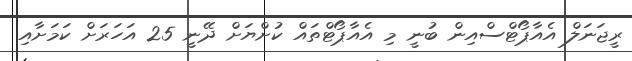
ރީޖަނަލް އެއާޕޯޓްސްއިން ބުނީ މި އެއާޕޯޓްތައް ކުށްޔަށް ދޭނީ 25 އަހަރަށް ކަމަށާއި